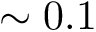
\sim 0 . 1